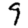
Digit: 9